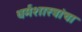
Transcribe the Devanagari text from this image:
धर्मशास्त्रांचा